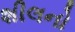
શીલનો